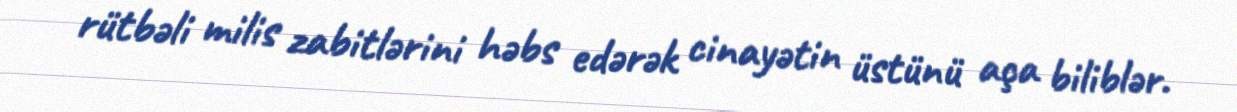
rütbəli milis zabitlərini həbs edərək cinayətin üstünü aça biliblər.